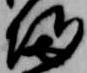
帰